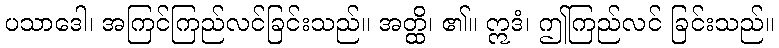
ပသာဒေါ၊ အကြင်ကြည်လင်ခြင်းသည်။ အတ္ထိ၊ ၏။ ဣဒံ၊ ဤကြည်လင် ခြင်းသည်။